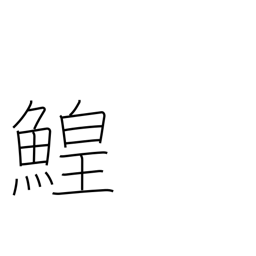
Meaning: sturgeon